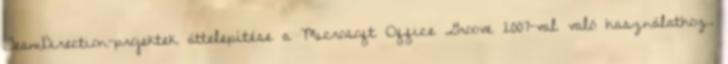
TeamDirection-projektek áttelepítése a Microsoft Office Groove 2007-val való használathoz.